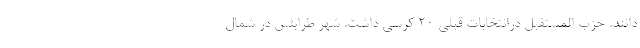
دانند. حزب المستقبل درانتخابات قبلی 20 کرسی داشت. شهر طرابلس در شمال